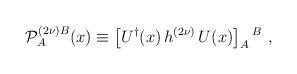
LaTeX: \begin{align*} {\cal P}^{(2\nu)B}_A(x) \equiv \left [ U^\dagger (x) \, h^{(2\nu)} \, U(x) \right ]_A {}^B~,\end{align*}